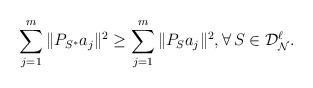
LaTeX: \begin{align*}\sum_{j=1}^{m} \|P_{S^*} a_j\|^2\ge \sum_{j=1}^{m} \|P_{S} a_j\|^2, \forall\, S\in\mathcal{D}_{\mathcal{N}}^{\ell}.\end{align*}